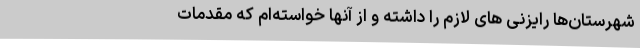
شهرستان‌ها رایزنی های لازم را داشته و از آنها خواسته‌ام که مقدمات